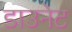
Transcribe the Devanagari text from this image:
डाउनेट